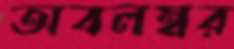
অবলম্বর